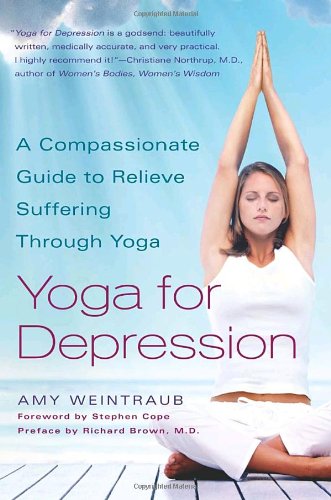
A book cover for Yoga for Depression: A Compassionate Guide to Relieve Suffering Through Yoga; Amy Weintraub; Health, Fitness & Dieting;